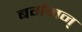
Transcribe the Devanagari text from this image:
बर्गमन्‌